Bombay plague: being a history of the progress of plague in the Bombay presidency from September 1896 to June 1899
Year: 1896
Disease focus: Plague
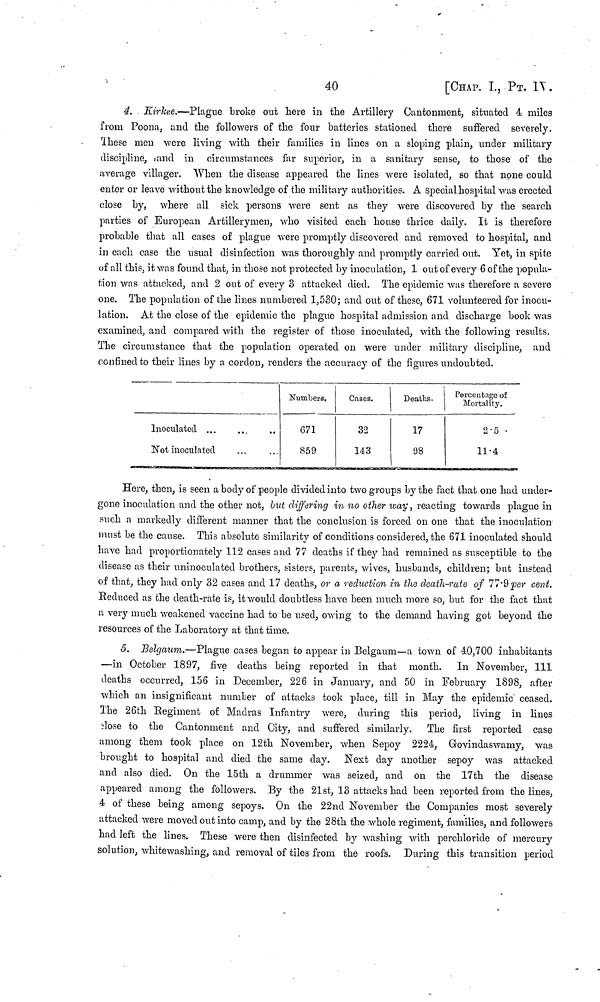
40
[CHAP. I, ΡT. Π.
4. Kirkee.—Plague broke out here in the Artillery Cantonment, situated 4 miles
from Poona, and the followers of the four batteries stationed there suffered severely.
Ihese men were living with their families in lines on a sloping plain, under military
discipline, and in circumstances far superior, in a sanitary sense, to those of the
average villager. When the disease appeared the lines were isolated, so that none could
enter or leave without the knowledge of the military authorities. A special hospital was erected
close by, where all sick persons were sent as they were discovered by the search
parties of European Artillerymen, who visited each house thrice daily. It is therefore
probable that all cases of plague were promptly discovered and removed to hospital, and
in each case the usual disinfection was thoroughly and promptly carried out. Yet, in spite
of all this, it was found that, in those not protected by inoculation, 1 out of every 6 of the popula-
tion was attacked, and 2 out of every 3 attacked died. The epidemic was therefore a severe
one. The population of the lines numbered 1,530; and out of these, 671 volunteered for inocu-
lation. At the close of the epidemic the plague hospital admission and discharge book was
examined, and compared with the register of those inoculated, with the following results.
The circumstance that the population operated on were under military discipline, and
confined to their lines by a cordon, renders the accuracy of the figures undoubted.
Numbers.
Cases.
Deaths.
Percentage of
Mortality.
Inoculated
671
32
17
2.5
Not inoculated
859
143
98
11.4
Here, then, is seen a body of people divided into two groups by the fact that one had under-
gone inoculation and the other not, but differing in no other way, reacting towards plague in
such a markedly different manner that the conclusion is forced on one that the inoculation
must be the cause. This absolute similarity of conditions considered, the 671 inoculated should
have had proportionately 112 cases and 77 deaths if they had remained as susceptible to the
disease as their uninoculated brothers, sisters, parents, wives, husbands, children; but instead
of that, they had only 32 cases and 17 deaths, or a reduction in the death-rate of 77.9 per cent.
Reduced as the death-rate is, it would doubtless have been much more so, but for the fact that
a very much weakened vaccine had to be used, owing to the demand having got beyond the
resources of the Laboratory at that time.
5. Belgaum.—Plague cases began to appear in Belgaum—a town of 40,700 inhabitants
—in October 1897, five deaths being reported in that month. In November, 111
deaths occurred, 156 in December, 226 in January, and 50 in February 1898, after
which an insignificant number of attacks took place, till in May the epidemic ceased.
The 26th Regiment of Madras Infantry were, during this period, living in lines
close to the Cantonment and City, and suffered similarly.
The first reported case
among them took place on 12th November, when Sepoy 2224, Grovindaswamy, was
brought to hospital and died the same day.
Next day another sepoy was attacked
and also died. On the 15th a drummer was seized, and on the 17th the disease
appeared among the followers. By the 21st, 13 attacks had been reported from the lines,
4 of these being among sepoys. On the 22nd November the Companies most severely
attacked were moved out into camp, and by the 28th the whole regiment, families, and followers
had left the lines. These were then disinfected by washing with perchloride of mercury
solution, whitewashing, and removal of tiles from the roofs. During this transition period